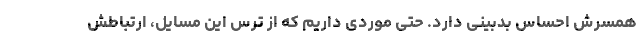
همسرش احساس بدبینی دارد. حتی موردی داریم که از ترس این مسایل، ارتباطش